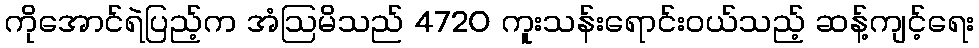
ကိုအောင်ရဲပြည့်က အံဩမိသည် 4720 ကူးသန်းရောင်းဝယ်သည့် ဆန့်ကျင့်ရေး